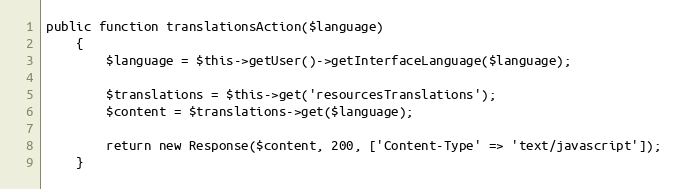
Language: PHP
public function translationsAction($language)
    {
        $language = $this->getUser()->getInterfaceLanguage($language);

        $translations = $this->get('resourcesTranslations');
        $content = $translations->get($language);

        return new Response($content, 200, ['Content-Type' => 'text/javascript']);
    }